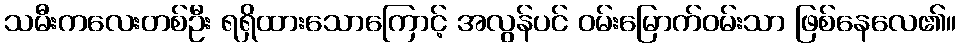
သမီးကလေးတစ်ဦး ရရှိထားသောကြောင့် အလွန်ပင် ဝမ်းမြောက်ဝမ်းသာ ဖြစ်နေလေ၏။